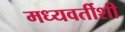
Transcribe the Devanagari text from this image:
मध्यवर्तीशी